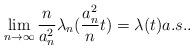
LaTeX: \begin{align*}\lim_{n\rightarrow\infty}\frac{n}{a_n^2}\lambda_n(\frac{a_n^2}{n}t)=\lambda(t)a.s..\end{align*}